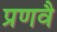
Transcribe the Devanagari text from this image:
प्रणवै